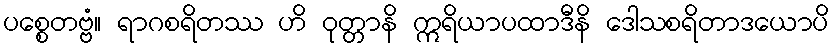
ပစ္စေတဗ္ဗံ။ ရာဂစရိတဿ ဟိ ဝုတ္တာနိ ဣရိယာပထာဒီနိ ဒေါသစရိတာဒယောပိ